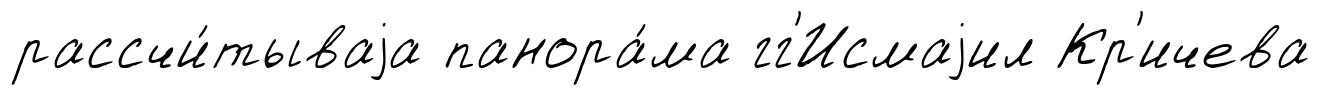
рассчи́тываjа панора́ма гг'Исмаjил Кр'ичева